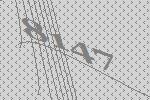
8147